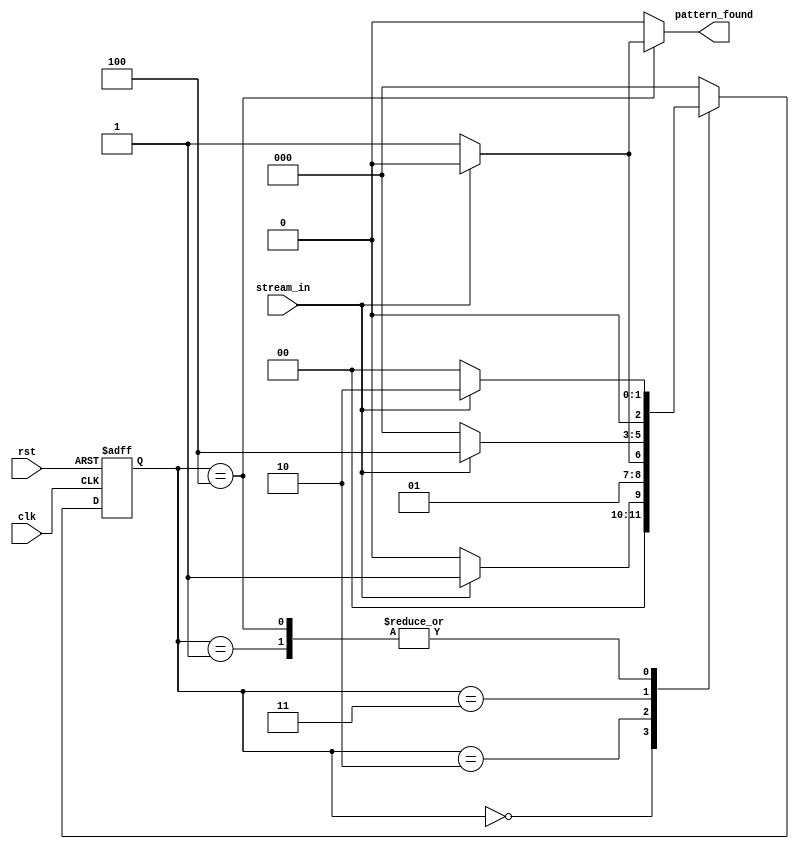
module pattern_detector (
    input clk , rst , stream_in , 
    output reg pattern_found   
);

localparam state_reg_width = 3;
localparam [state_reg_width-1 : 0] s0 = 3'b000,
                                  s1 = 3'b001,
                                  s2 = 3'b010,
                                  s3 = 3'b011,
                                  s4 = 3'b100;

reg [state_reg_width-1 : 0] curr_state , next_state ;

    always @(posedge clk , posedge rst ) begin
    if (rst) begin
        curr_state <= s0 ;
    end
    else begin
        curr_state <= next_state ;
    end
end

always @(*) begin

    //default vals
    pattern_found = 0;

    case (curr_state)

    s0 : begin
        next_state = (stream_in==1)? s1 : s0;
    end

    s1 : begin
        next_state = (stream_in==1)? s2 : s0;
    end

    s2 : begin
        next_state = (stream_in==1)? s2 : s3;
    end

    s3 : begin
        next_state = (stream_in==1)? s4 : s0;
    end

    s4 : begin
        next_state = (stream_in==1)? s2 : s0;
        if (stream_in==0) begin
            pattern_found = 1;
        end
        else begin
            pattern_found = 0;
        end
    end
    default : begin 
        next_state = s0;
        pattern_found = 0;
    end 

    endcase
end

endmodule //pattern_detector